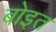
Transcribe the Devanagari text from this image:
बोइत